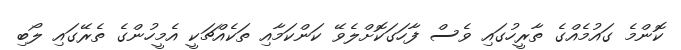
ކޮންމެ ގައުމެއްގެ ތާރީހުގައި ވެސް ފާހަގަކޮށްލެވޭ ކަންކަމާއި ތަކެއްޗަކީ އެމީހުންގެ ތެރޭގައި ލޯބި